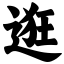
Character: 逛